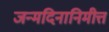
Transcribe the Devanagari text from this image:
जन्मदिनानिमीत्त